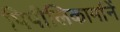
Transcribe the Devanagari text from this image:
पिपीलिकार्मानें